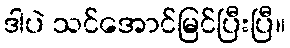
ဒါပဲ သင်အောင်မြင်ပြီးပြီ။